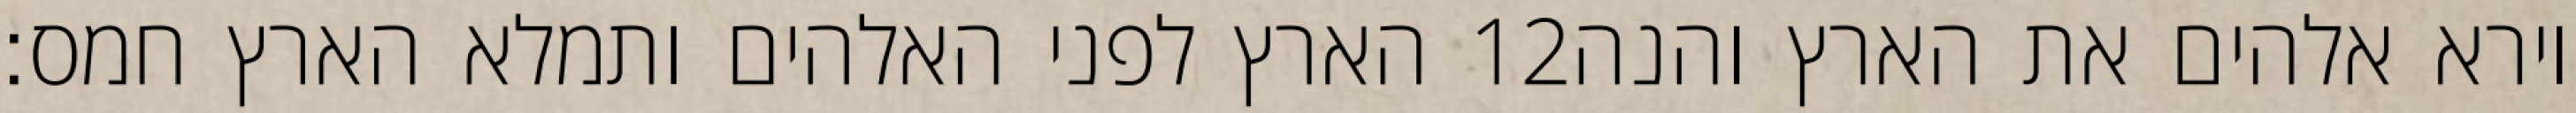
הארץ לפני האלהים ותמלא הארץ חמס׃ ‎12‏ וירא אלהים את הארץ והנה